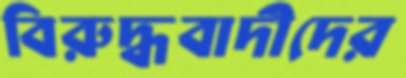
বিরুদ্ধবাদীদের